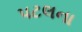
પટલના